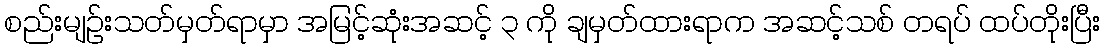
စည်းမျဉ်းသတ်မှတ်ရာမှာ အမြင့်ဆုံးအဆင့် ၃ ကို ချမှတ်ထားရာက အဆင့်သစ် တရပ် ထပ်တိုးပြီး